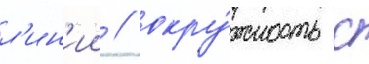
л'ин'ии / окру́жность с